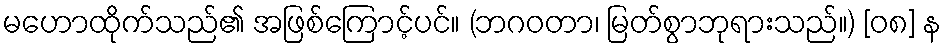
မဟောထိုက်သည်၏ အဖြစ်ကြောင့်ပင်။ (ဘဂဝတာ၊ မြတ်စွာဘုရားသည်။) [၀၈] န